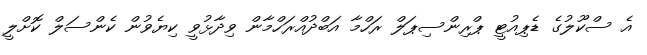
އެ ސްކޫލުގެ ޑެޕިއުޓީ ޕްރިންސިޕަލް ރަހްމާ އަބްދުއްރަހްމާން ވިދާޅުވީ ކިޔެވުން ކެންސަލް ކޮށްލީ